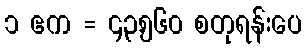
၁ ဧက = ၄၃,၅၆၀ စတုရန်းပေ